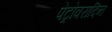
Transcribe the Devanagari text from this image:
पेट्रोवरादिन